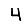
Digit: 4